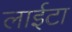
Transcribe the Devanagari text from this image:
लाईटा